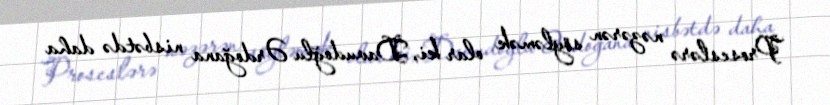
Proseslərə nəzərən söyləmək olar ki, Davudoğlu Ərdoğana nisbətdə daha